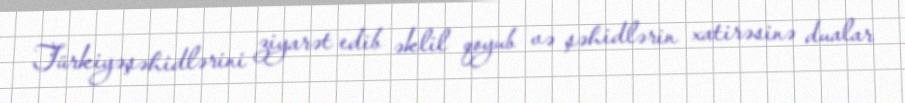
Türkiyəşəhidlərini ziyarət edib əklil qoyub və şəhidlərin xatirəsinə dualar